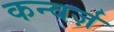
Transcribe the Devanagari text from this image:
कन्वर्ज़